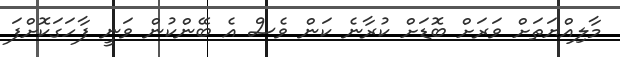
މާލިއްޔަތަށް ވަރަށް ބޮޑަށް ކުރާނެ ކަން ވެސް އެ ބޭންކުން ވަނީ ފާހަގަކޮށްފަ